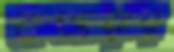
বজরায়